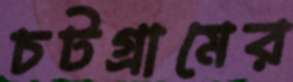
চটগ্রামের